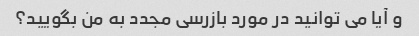
و آیا می توانید در مورد بازرسی مجدد به من بگویید؟